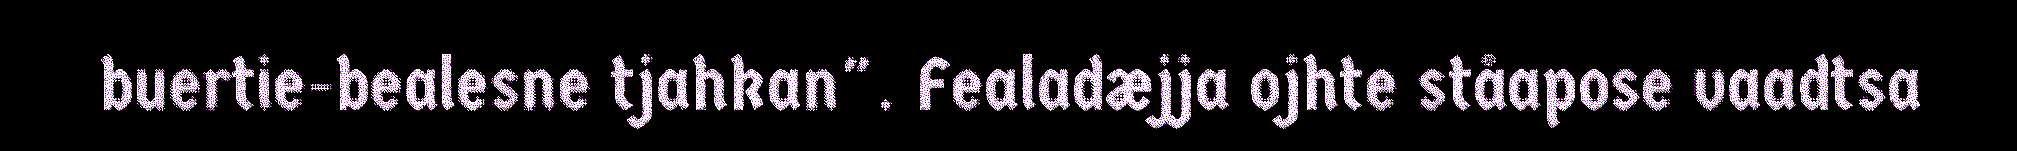
buertie-bealesne tjahkan". Fealadæjja ojhte ståapose vaadtsa